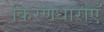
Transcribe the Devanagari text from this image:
किरणधाराएँ